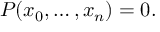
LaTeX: P ( x _ { 0 } , \ldots , x _ { n } ) = 0 .